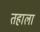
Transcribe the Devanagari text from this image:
तहाला